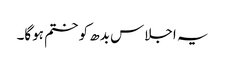
یہ اجلاس بدھ کو ختم ہوگا۔